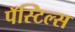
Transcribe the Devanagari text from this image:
पॅस्टिल्स